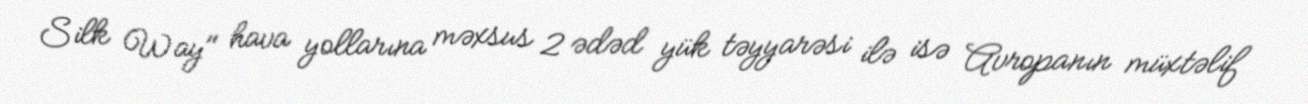
Silk Way" hava yollarına məxsus 2 ədəd yük təyyarəsi ilə isə Avropanın müxtəlif